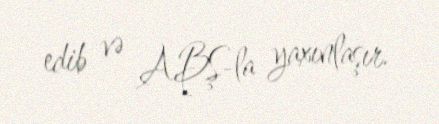
edib və ABŞ-la yaxınlaşır.